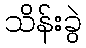
သိန်းခွဲ